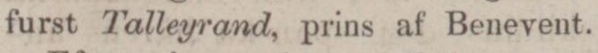
furst Talleyrand, prins af Benevent.